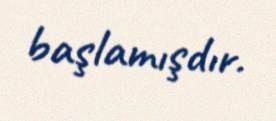
başlamışdır.